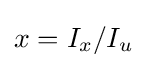
\,\!x=I_{x}/I_{u}